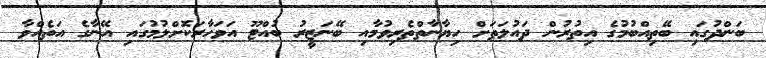
ބަންދުގައި ބޭތިއްބުމުގެ އިތުރުން ދައުލަތަށް ހިޔާނާތްތެރިވުމާއި ބޭނަޒީރު ބުއްޓޫ އަވަހާރަކޮށްލުމުގައި އޭނާގެ އަތެއްވާ